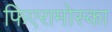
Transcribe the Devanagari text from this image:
फिएरामोस्का